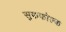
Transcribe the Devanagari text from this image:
सुफफोल्क